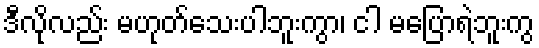
ဒီလိုလည်း မဟုတ်သေးပါဘူးကွာ၊ ငါ မပြောရဲဘူးကွ